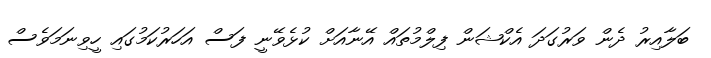
ބަލާއިރު ދެން ވަރުގަދަ އެކްޝަން ފިލްމުތައް އޭނާއަށް ކުޅެވޭނީ ފަސް އަހަރުކަމުގައި ހީވިނަމަވެސް